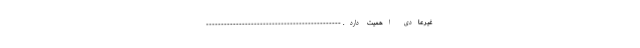
غیرعادی اهمیت دارد. ---------------------------------------------